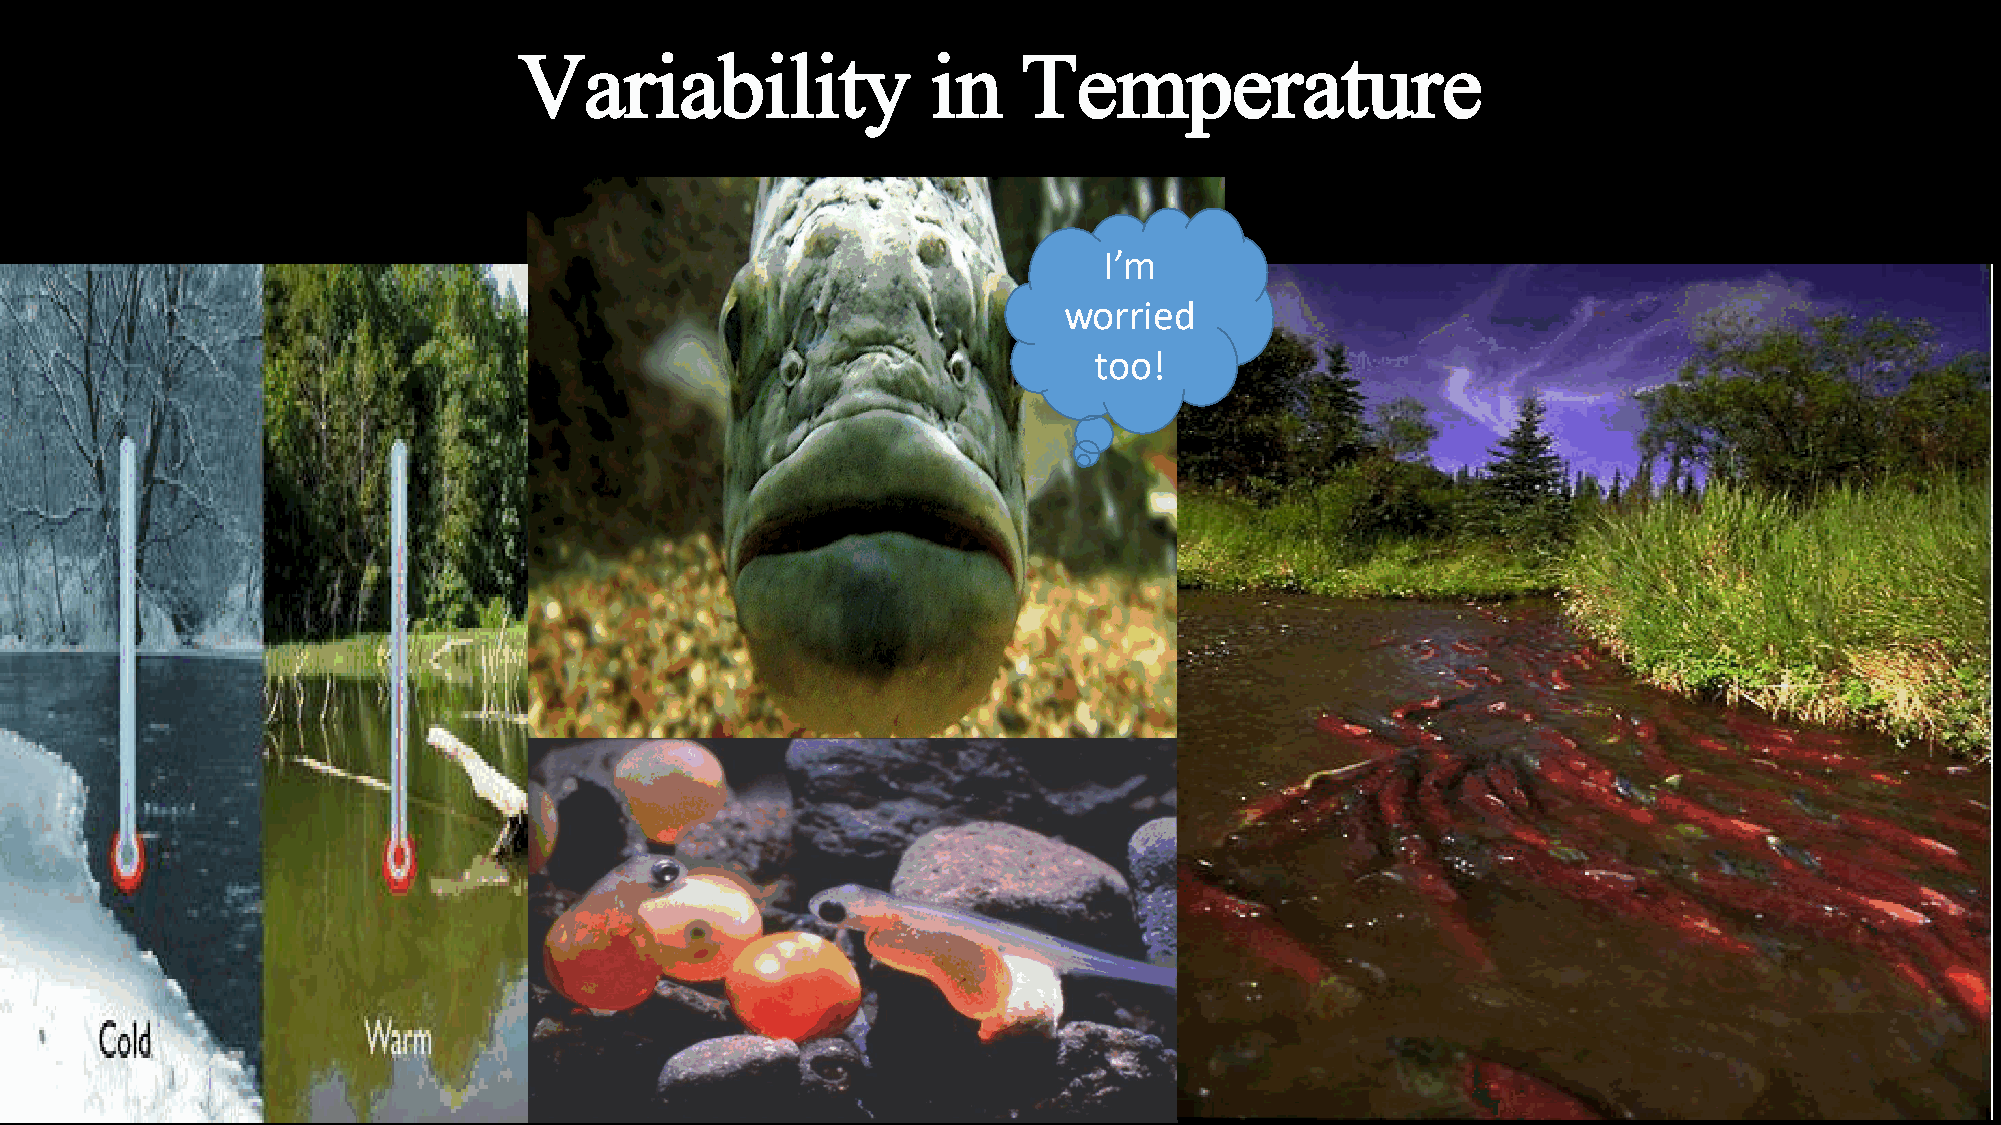
Variability                 in    Temperature
 I’m
 worried
 too!